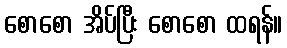
စောစော အိပ်ပြီး စောစော ထရန်။